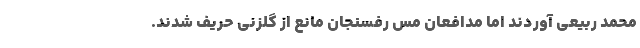
محمد ربیعی آوردند اما مدافعان مس رفسنجان مانع از گلزنی حریف شدند.